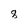
Character: 8